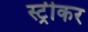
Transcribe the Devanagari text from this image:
स्ट्रीकर